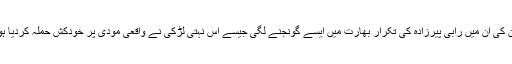
آن کی آن میں رابی پیرزادہ کی تکرار بھارت میں ایسے گونجنے لگی جیسے اس نہتی لڑکی نے واقعی مودی پر خودکش حملہ کردیا ہو۔